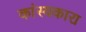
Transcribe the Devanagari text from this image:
कांस्यकारा